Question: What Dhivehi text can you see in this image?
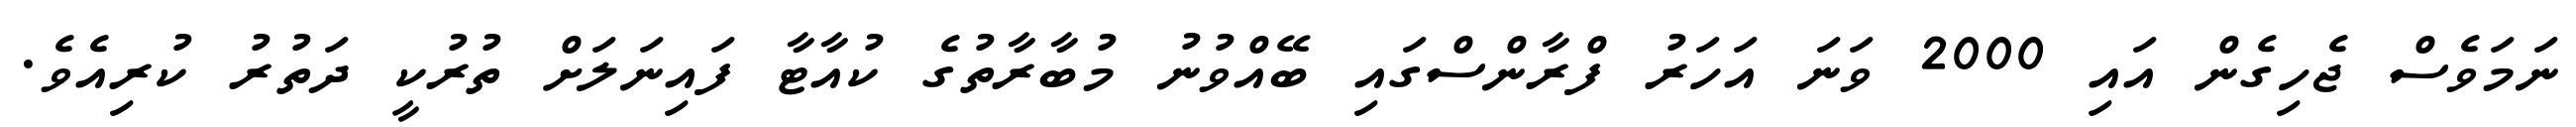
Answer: ނަމަވެސް ޖެހިގެން އައި 2000 ވަނަ އަހަރު ފްރާންސްގައި ބޭއްވުނު މުބާރާތުގެ ކުއާޓާ ފައިނަލަށް ތުރުކީ ދަތުރު ކުރިއެވެ.